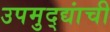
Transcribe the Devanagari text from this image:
उपमुद्द्यांची